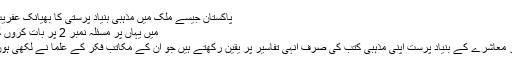
پاکستان جیسے ملک میں مذہبی بنیاد پرستی کا بھیانک عفریت
میں یہاں پر مسئلہ نمبر 2 پر بات کروں گا
ہر معاشرے کے بنیاد پرست اپنی مذہبی کتب کی صرف انہی تفاسیر پر یقین رکھتے ہیں جو ان کے مکاتبِ فکر کے علما نے لکھی ہوں۔